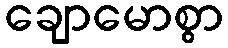
ချောမောစွာ